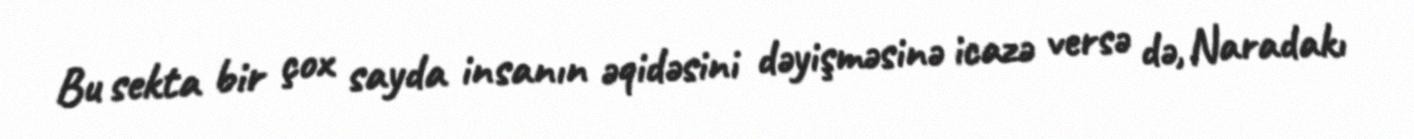
Bu sekta bir çox sayda insanın əqidəsini dəyişməsinə icazə versə də, Naradakı